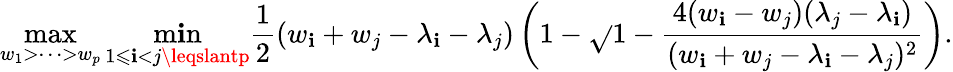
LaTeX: \operatorname*{max}_{w_{1}>\cdots>w_{p}}\operatorname*{m\mathbf{i}n}_{1\leqslant\mathbf{i}<j\leqslantp}\frac{{1}}{{2}}(w_{\mathbf{i}}+w_{j}-\lambda_{\mathbf{i}}-\lambda_{j})\left(1-\sqrt{}{{1-\frac{{4(w_{\mathbf{i}}-w_{j})(\lambda_{j}-\lambda_{\mathbf{i}})}}{{(w_{\mathbf{i}}+w_{j}-\lambda_{\mathbf{i}}-\lambda_{j})^{2}}}}}\right).